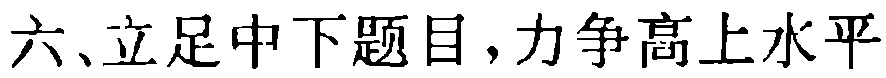
六、立足中下题目，力争高上水平